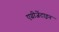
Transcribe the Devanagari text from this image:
एग्रीजेंटाइन